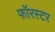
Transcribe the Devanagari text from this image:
फॉरस्टर